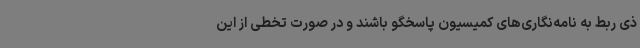
ذی ربط به نامه‌نگاری‌های کمیسیون پاسخگو باشند و در صورت تخطی از این